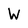
Character: W